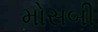
મોસબી